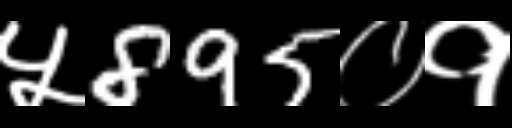
Text: ५895०१